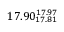
1 7 . 9 0 _ { 1 7 . 8 1 } ^ { 1 7 . 9 7 }